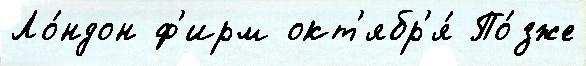
Ло́ндон ф'ирм окт'ябр'я́ По́зже